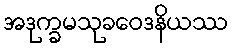
အဒုက္ခမသုခဝေဒနိယဿ